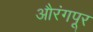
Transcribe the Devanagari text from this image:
औरंगपूर